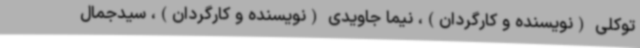
توکلی (نویسنده و کارگردان)، نیما جاویدی (نویسنده و کارگردان)، سیدجمال